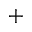
+